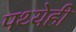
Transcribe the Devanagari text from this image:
पथ्येही